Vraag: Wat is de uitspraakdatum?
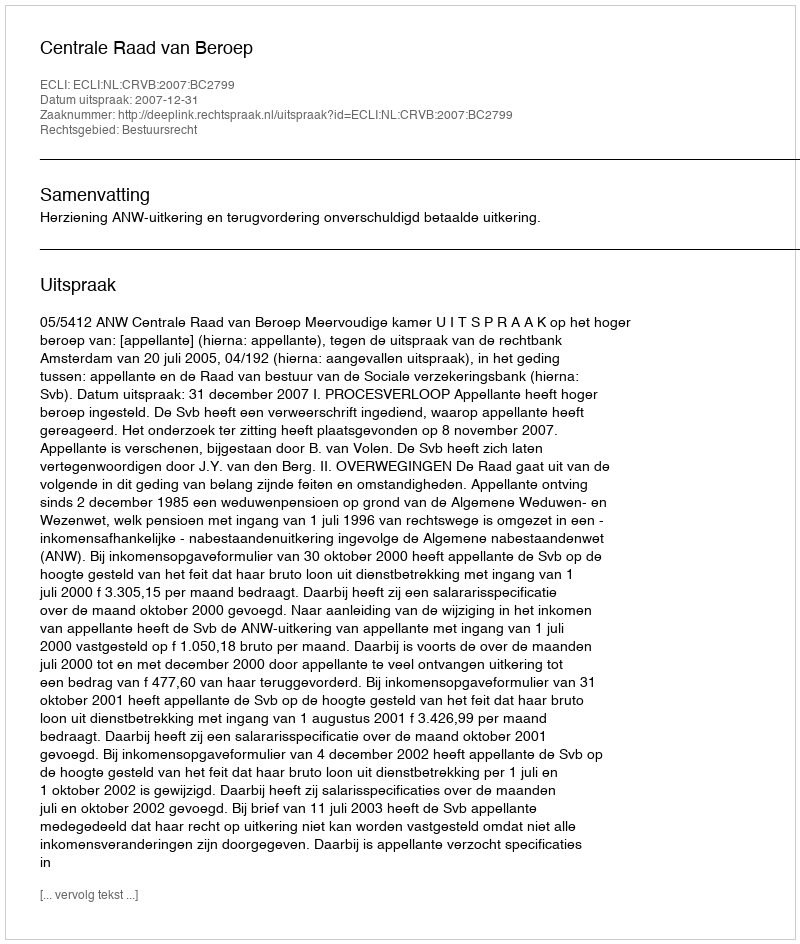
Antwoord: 2007-12-31